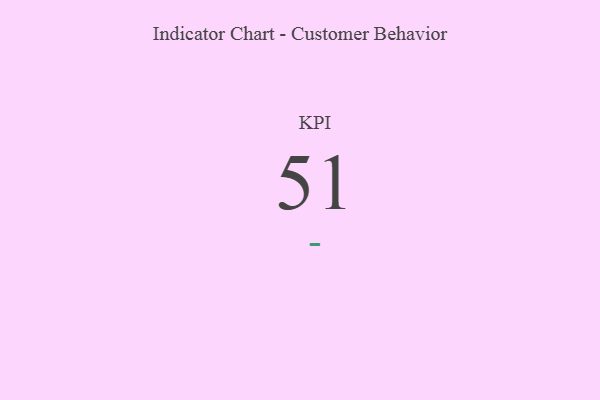
{"axis": {"x": "KPI", "y": "Value"}, "legend": [""], "data": [{"x": "KPI", "y": 51, "type": ""}]}